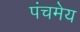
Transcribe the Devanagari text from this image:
पंचमेय